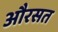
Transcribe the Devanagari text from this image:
औरसत